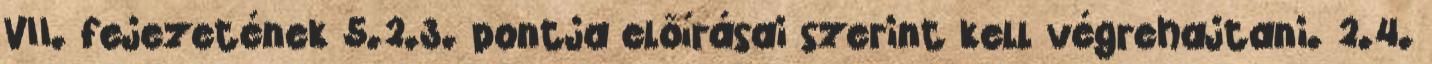
VII. fejezetének 5.2.3. pontja elõírásai szerint kell végrehajtani. 2.4.